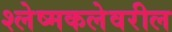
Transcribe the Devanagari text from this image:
श्लेष्मकलेवरील